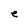
Character: e